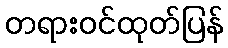
တရားဝင်ထုတ်ပြန်